Indian journal of veterinary science and animal husbandry - Volume 10,
Year: 1940
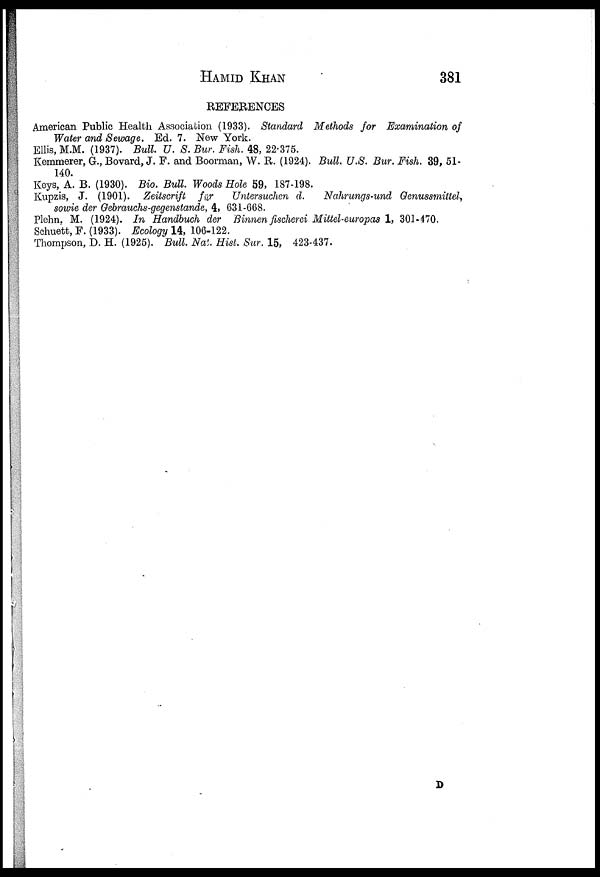
HAMID
KHAN
381
REFERENCES
American Public Health Association (1933). Standard Methods for Examination of
Water and Sewage. Ed. 7. New York.
Ellis, M.M. (1937). Bull. U. S. Bur. Fish. 48, 22.375.
Kemmerer, G., Bovard, J. F. and Boorman, W. R. (1924). Bull. U.S. Bur. Fish. 39, 51-
140.
Keys, A. B. (1930). Bio. Bull. Woods Hole 59, 187-198.
Kupzis, J. (1901). Zeitscrift für
Untersuchen d.
Nahrungs-und Genussmittel,
sowie der Gebrauchs-gegenstande, 4, 631-668.
Plehn, M. (1924). In Handbuch der Binnen fischerei Mittel-europas 1, 301-470.
Schuett, F. (1933). Ecology 14, 106-122.
Thompson, D. H. (1925). Bull. Nat. Hist. Sur. 15, 423-437.
D